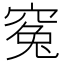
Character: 𥦱